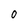
Character: 0